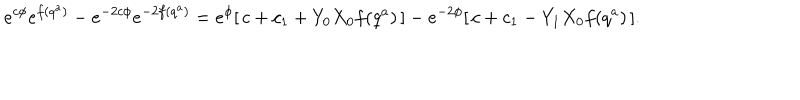
LaTeX: e ^ { c \phi } e ^ { f ( q ^ { a } ) } - e ^ { - 2 c \phi } e ^ { - 2 f ( q ^ { a } ) } = e ^ { \phi } [ \, c + c _ { 1 } + Y _ { 0 } X _ { 0 } f ( q ^ { a } ) \, ] - e ^ { - 2 \phi } [ \, c + c _ { 1 } - Y _ { 1 } X _ { 0 } f ( q ^ { a } ) \, ] .